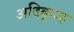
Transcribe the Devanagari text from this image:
अदिकूज्ह